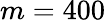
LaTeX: m=400